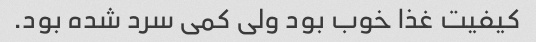
کیفیت غذا خوب بود ولی کمی سرد شده بود.